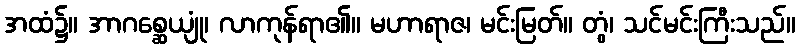
အထံ၌။ အာဂစ္ဆေယျုံ၊ လာကုန်ရာ၏။ မဟာရာဇ၊ မင်းမြတ်။ တွံ၊ သင်မင်းကြီးသည်။